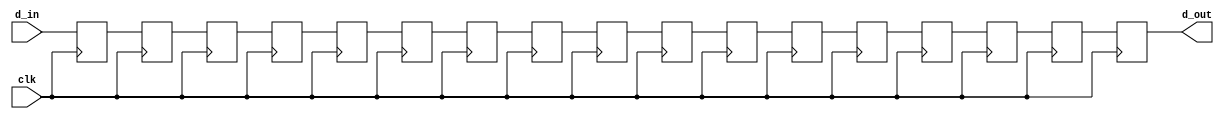
module shift_reg (output [15:0] d_out,input [15:0] d_in,input clk);
  parameter stages = 17;
//input [15:0] d_in;

//output[15:0] d_out;
reg [15:0] sreg1;
reg [15:0] sreg2;
reg [15:0] sreg3;
reg [15:0] sreg4;
reg [15:0] sreg5;
reg [15:0] sreg6;
reg [15:0] sreg7;
reg [15:0] sreg8;
reg [15:0] sreg9;
reg [15:0] sreg10;
reg [15:0] sreg11;
reg [15:0] sreg12;
reg [15:0] sreg13;
reg [15:0] sreg14;
reg [15:0] sreg15;
reg [15:0] sreg16;
reg [15:0] sreg17;
always @ (posedge clk) 
begin
sreg1 <= d_in;
sreg2 <= sreg1;
sreg3 <= sreg2;
sreg4 <= sreg3;
sreg5 <= sreg4;
sreg6 <= sreg5;
sreg7 <= sreg6;
sreg8 <= sreg7;
sreg9 <= sreg8;
sreg10 <= sreg9;
sreg11 <= sreg10;
sreg12 <= sreg11;
sreg13 <= sreg12;
sreg14 <= sreg13;
sreg15 <= sreg14;
sreg16 <= sreg15;
sreg17 <= sreg16;






end

assign d_out = sreg17;
endmodule